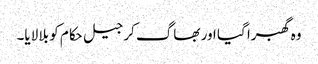
وہ گھبرا گیا اور بھاگ کر جیل حکام کو بلا لایا۔